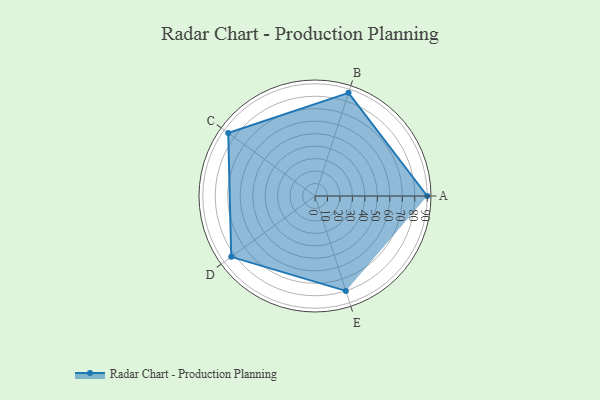
{"axis": {"x": "Skill", "y": "Score"}, "legend": ["Profile"], "data": [{"x": "A", "y": 90.0, "type": "Profile"}, {"x": "B", "y": 87.0, "type": "Profile"}, {"x": "C", "y": 86.0, "type": "Profile"}, {"x": "D", "y": 83.0, "type": "Profile"}, {"x": "E", "y": 80.0, "type": "Profile"}]}